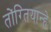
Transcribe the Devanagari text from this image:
तोंग्तियान्हे